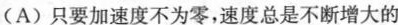
(A)只要加速度不为零，速度总是不断增大的